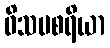
ဝိသမစရိယာ